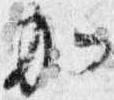
加